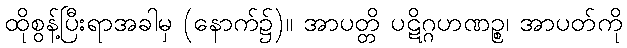
ထိုစွန့်ပြီးရာအခါမှ (နောက်၌)။ အာပတ္တိ ပဋိဂ္ဂဟဏဉ္စ၊ အာပတ်ကို